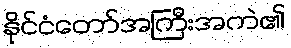
နိုင်ငံတော်အကြီးအကဲ၏